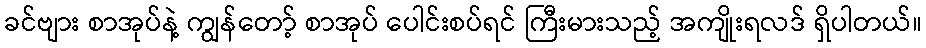
ခင်ဗျား စာအုပ်နဲ့ ကျွန်တော့် စာအုပ် ပေါင်းစပ်ရင် ကြီးမားသည့် အကျိုးရလဒ် ရှိပါတယ်။